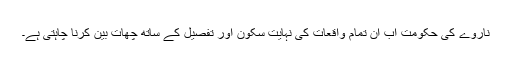
ناروے کی حکومت اب ان تمام واقعات کی نہایت سکون اور تفصیل کے ساتھ چھات بین کرنا چاہتی ہے۔